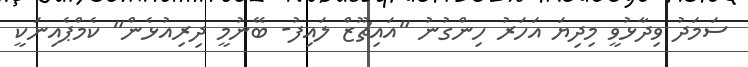
ސަމަދު ވިދާޅުވީ މިދިޔަ އަހަރު ހިންގުނު "އައިޗޫޒް ލައިފު- ބޭނުމީ ދިރިއުޅެން" ކެމްޕެއިނަކީ